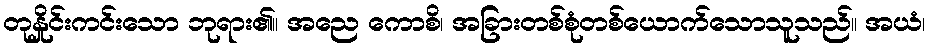
တုနှိုင်းကင်းသော ဘုရား၏။ အညေ ကောစိ၊ အခြားတစ်စုံတစ်ယောက်သောသူသည်။ အယံ၊